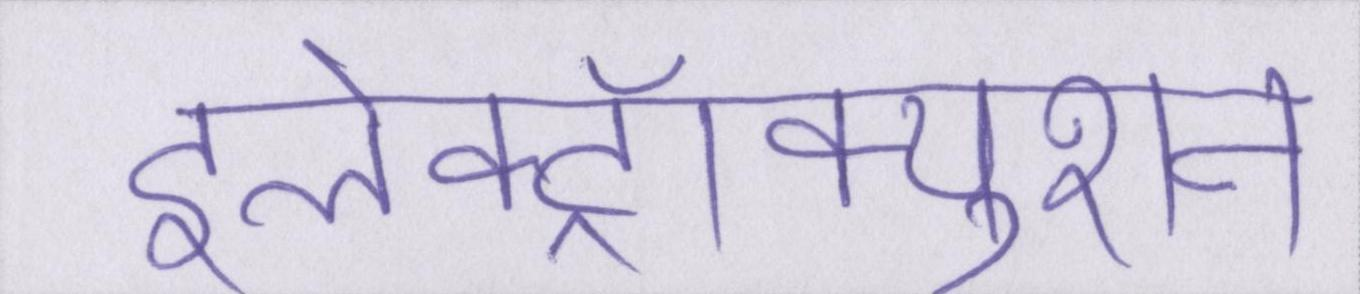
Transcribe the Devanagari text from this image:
इलेक्ट्रॉक्युशन